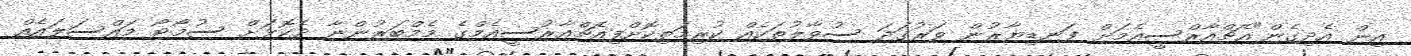
އިން އެދިގެން"އެޗްއާރްސީއެމަށް ފަނޑިޔާރުން ވަރުގަދަ ސުވާލުތަކެއް ކުރިމަތިކޮށްފިއެޗްއާރުސީއެމްގެ މެމްބަރުންނާ ދެކޮޅަށް ސުމޯޓޯ މައްސަލައެއް